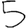
Digit: 5